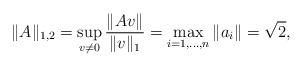
LaTeX: \begin{align*}\|A\|_{1,2}=\sup_{v \neq 0} \frac{\|Av\|}{\|v\|_1}=\max_{i=1,\ldots,n} \|a_i\|=\sqrt 2,\end{align*}